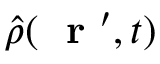
\hat { \rho } ( \mathrm { ~ \bf ~ r ~ } ^ { \prime } , t )